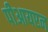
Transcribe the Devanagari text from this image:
पीआयएन